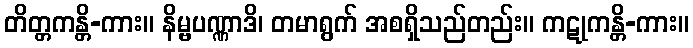
တိတ္တကန္တိ-ကား။ နိမ္ဗပဏ္ဏာဒိ၊ တမာရွက် အစရှိသည်တည်း။ ကဋုကန္တိ-ကား။